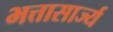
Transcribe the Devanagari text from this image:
भत्तासार्ज्य